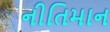
નીતિમાન